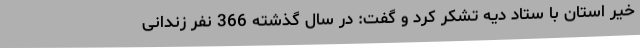
خیر استان با ستاد دیه تشکر کرد و گفت: در سال گذشته 366 نفر زندانی